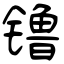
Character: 镥